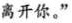
离开你。”